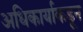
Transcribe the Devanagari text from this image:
अधिकार्याकडून